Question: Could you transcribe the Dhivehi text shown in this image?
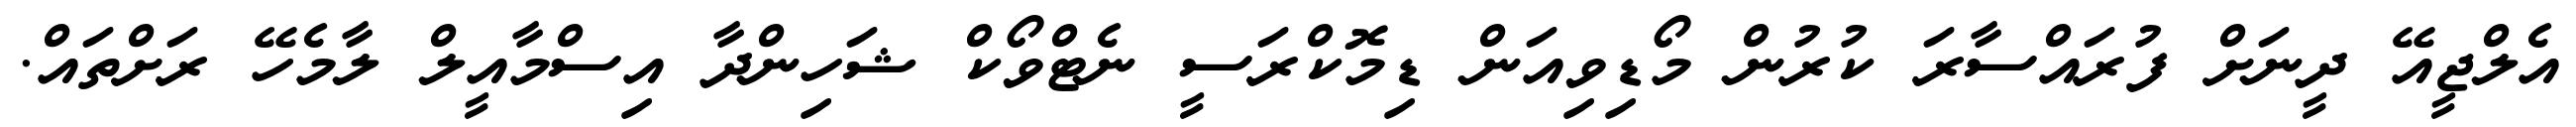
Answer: އެލްޖީއޭ ދީނަށް ފުރައްސާރަ ކުރުން މޯޑިވިއަން ޑިމޮކްރަސީ ނެޓްވޯކް ޝަހިންދާ އިސްމާއީލް ލާމެހޭ ރަށްތައް.